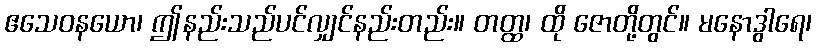
ဧသေဝနယော၊ ဤနည်းသည်ပင်လျှင်နည်းတည်း။ တတ္ထ၊ ထို ဇောတို့တွင်။ မနောဒွါရေ၊